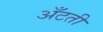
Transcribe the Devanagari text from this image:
अँटती